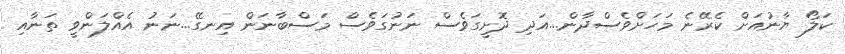
ކަލޯ ޔާނުއަށް ކެރޭނެ މަހަށްވެސްދާން...އަދި ދޮށީގަވެސް ނަނުގަވެސް މަސްބާނަން އިނގޭ...ނަނު އެއްލަންވީ ތަނާއި